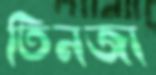
তিনজা